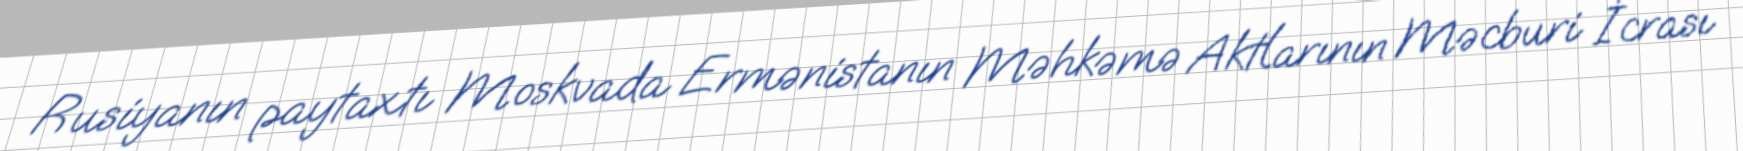
Rusiyanın paytaxtı Moskvada Ermənistanın Məhkəmə Aktlarının Məcburi İcrası